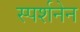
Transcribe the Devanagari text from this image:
स्पर्शनेन